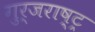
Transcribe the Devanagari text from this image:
गुर्जराष्ट्र